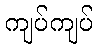
ကျပ်ကျပ်